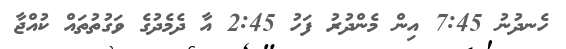
ހެނދުނު 7:45 އިން މެންދުރު ފަހު 2:45 އާ ދެމެދުގެ ވަގުތުތައް ކުއްޖާ